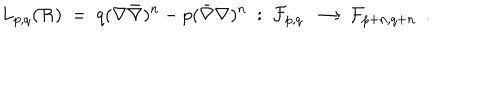
LaTeX: L _ { p , q } ( { \cal R } ) \ = \ q ( \nabla \bar { \nabla } ) ^ { n } - p ( \bar { \nabla } \nabla ) ^ { n } \ : \ { \cal F } _ { p , q } \ \longrightarrow { \cal F } _ { p + n , q + n } \ \ .